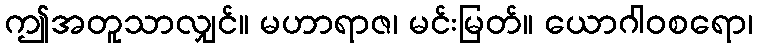
ဤအတူသာလျှင်။ မဟာရာဇ၊ မင်းမြတ်။ ယောဂါဝစရော၊